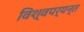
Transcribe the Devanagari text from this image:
विश्वपर्यन्त